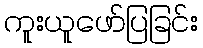
ကူးယူဖော်ပြခြင်း